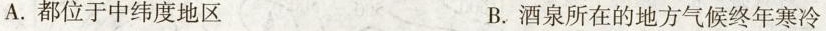
A.都位于中纬度地区 B.酒泉所在的地方气候终年寒冷